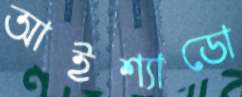
আইশ্যাডো